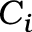
C _ { i }